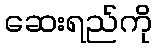
ဆေးရည်ကို